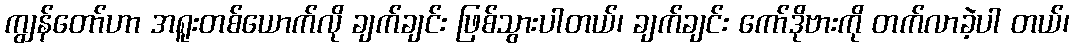
ကျွန်တော်ဟာ အရူးတစ်ယောက်လို ချက်ချင်း ဖြစ်သွားပါတယ်၊ ချက်ချင်း ကော်ဒိုဗားကို တက်လာခဲ့ပါ တယ်၊